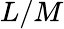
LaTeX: L/M